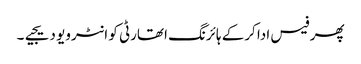
پھر فیس ادا کرکے ہائرنگ اتھارٹی کو انٹرویو دیجیے۔